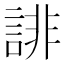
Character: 誹